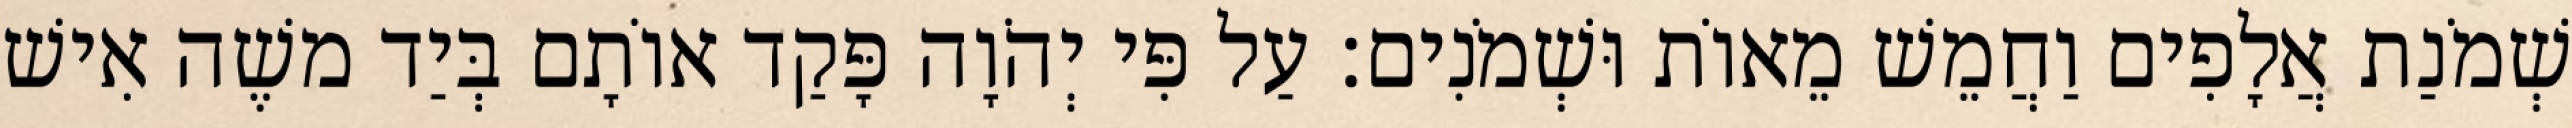
שְׁמֹנַת אֲלָפִים וַחֲמֵשׁ מֵאוֹת וּשְׁמֹנִים׃ עַל פִּי יְהֹוָה פָּקַד אוֹתָם בְּיַד משֶׁה אִישׁ